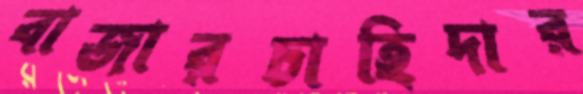
বাজারচাহিদার